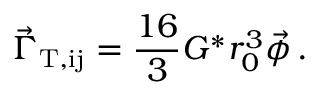
\vec { \Gamma } _ { \mathrm { T , i j } } = \frac { 1 6 } { 3 } G ^ { * } r _ { 0 } ^ { 3 } \vec { \phi } \, .